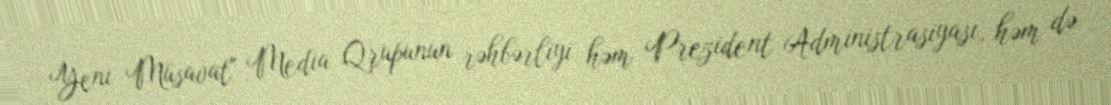
Yeni Müsavat" Media Qrupunun rəhbərliyi həm Prezident Administrasiyası, həm də